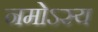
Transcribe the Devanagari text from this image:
नमोऽस्य